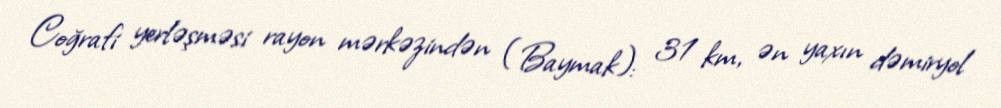
Coğrafi yerləşməsi rayon mərkəzindən (Baymak): 31 km, ən yaxın dəmiryol